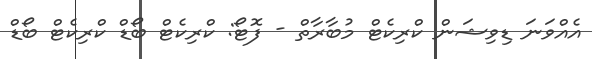
އެއްވަނަ ޑިވިޝަން ކްރިކެޓް މުބާރާތް - ފޮޓޯ: ކްރިކެޓް ބޯޑް ކްރިކެޓް ބޯޑް